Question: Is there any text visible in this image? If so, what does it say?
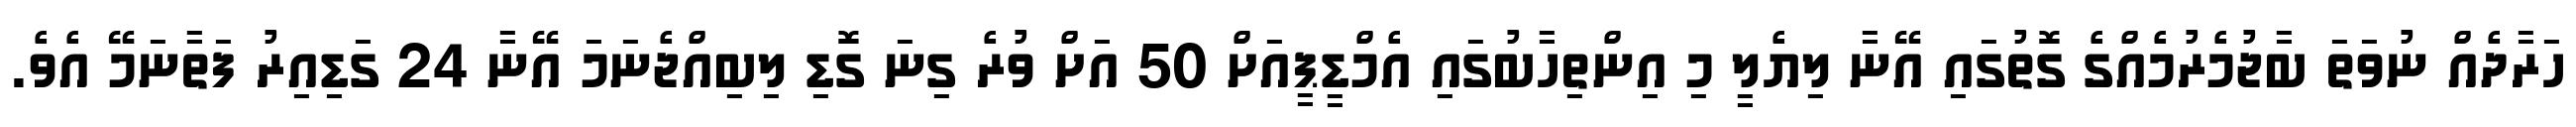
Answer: ހަރާދެއް ނުވަތަ ބާޖުމެރުމެއްގެ ގޮތުގައި އޭނާ ލިޔެލީ މި އިންތިހާބުގައި އެމްޑީޕީއަށް 50 އަށް ވުރެ ގިނަ ގޮޑި ލިބިއްޖެނަމަ އޭނާ 24 ގަޑިއިރު ފަތާނަމޭ އެވެ.